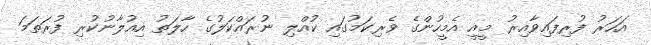
އަހަރު ފުރިފައިވާއިރު މީއީ އެމީހުންގެ ވެރިކަމުގައި ކުއްލި ނުރައްކަލުގެ ހާލަތު އިއުލާނުކުރި ފުރަތަމަ